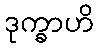
ဒုက္ခာဟိ